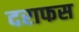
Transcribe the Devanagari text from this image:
दराफस